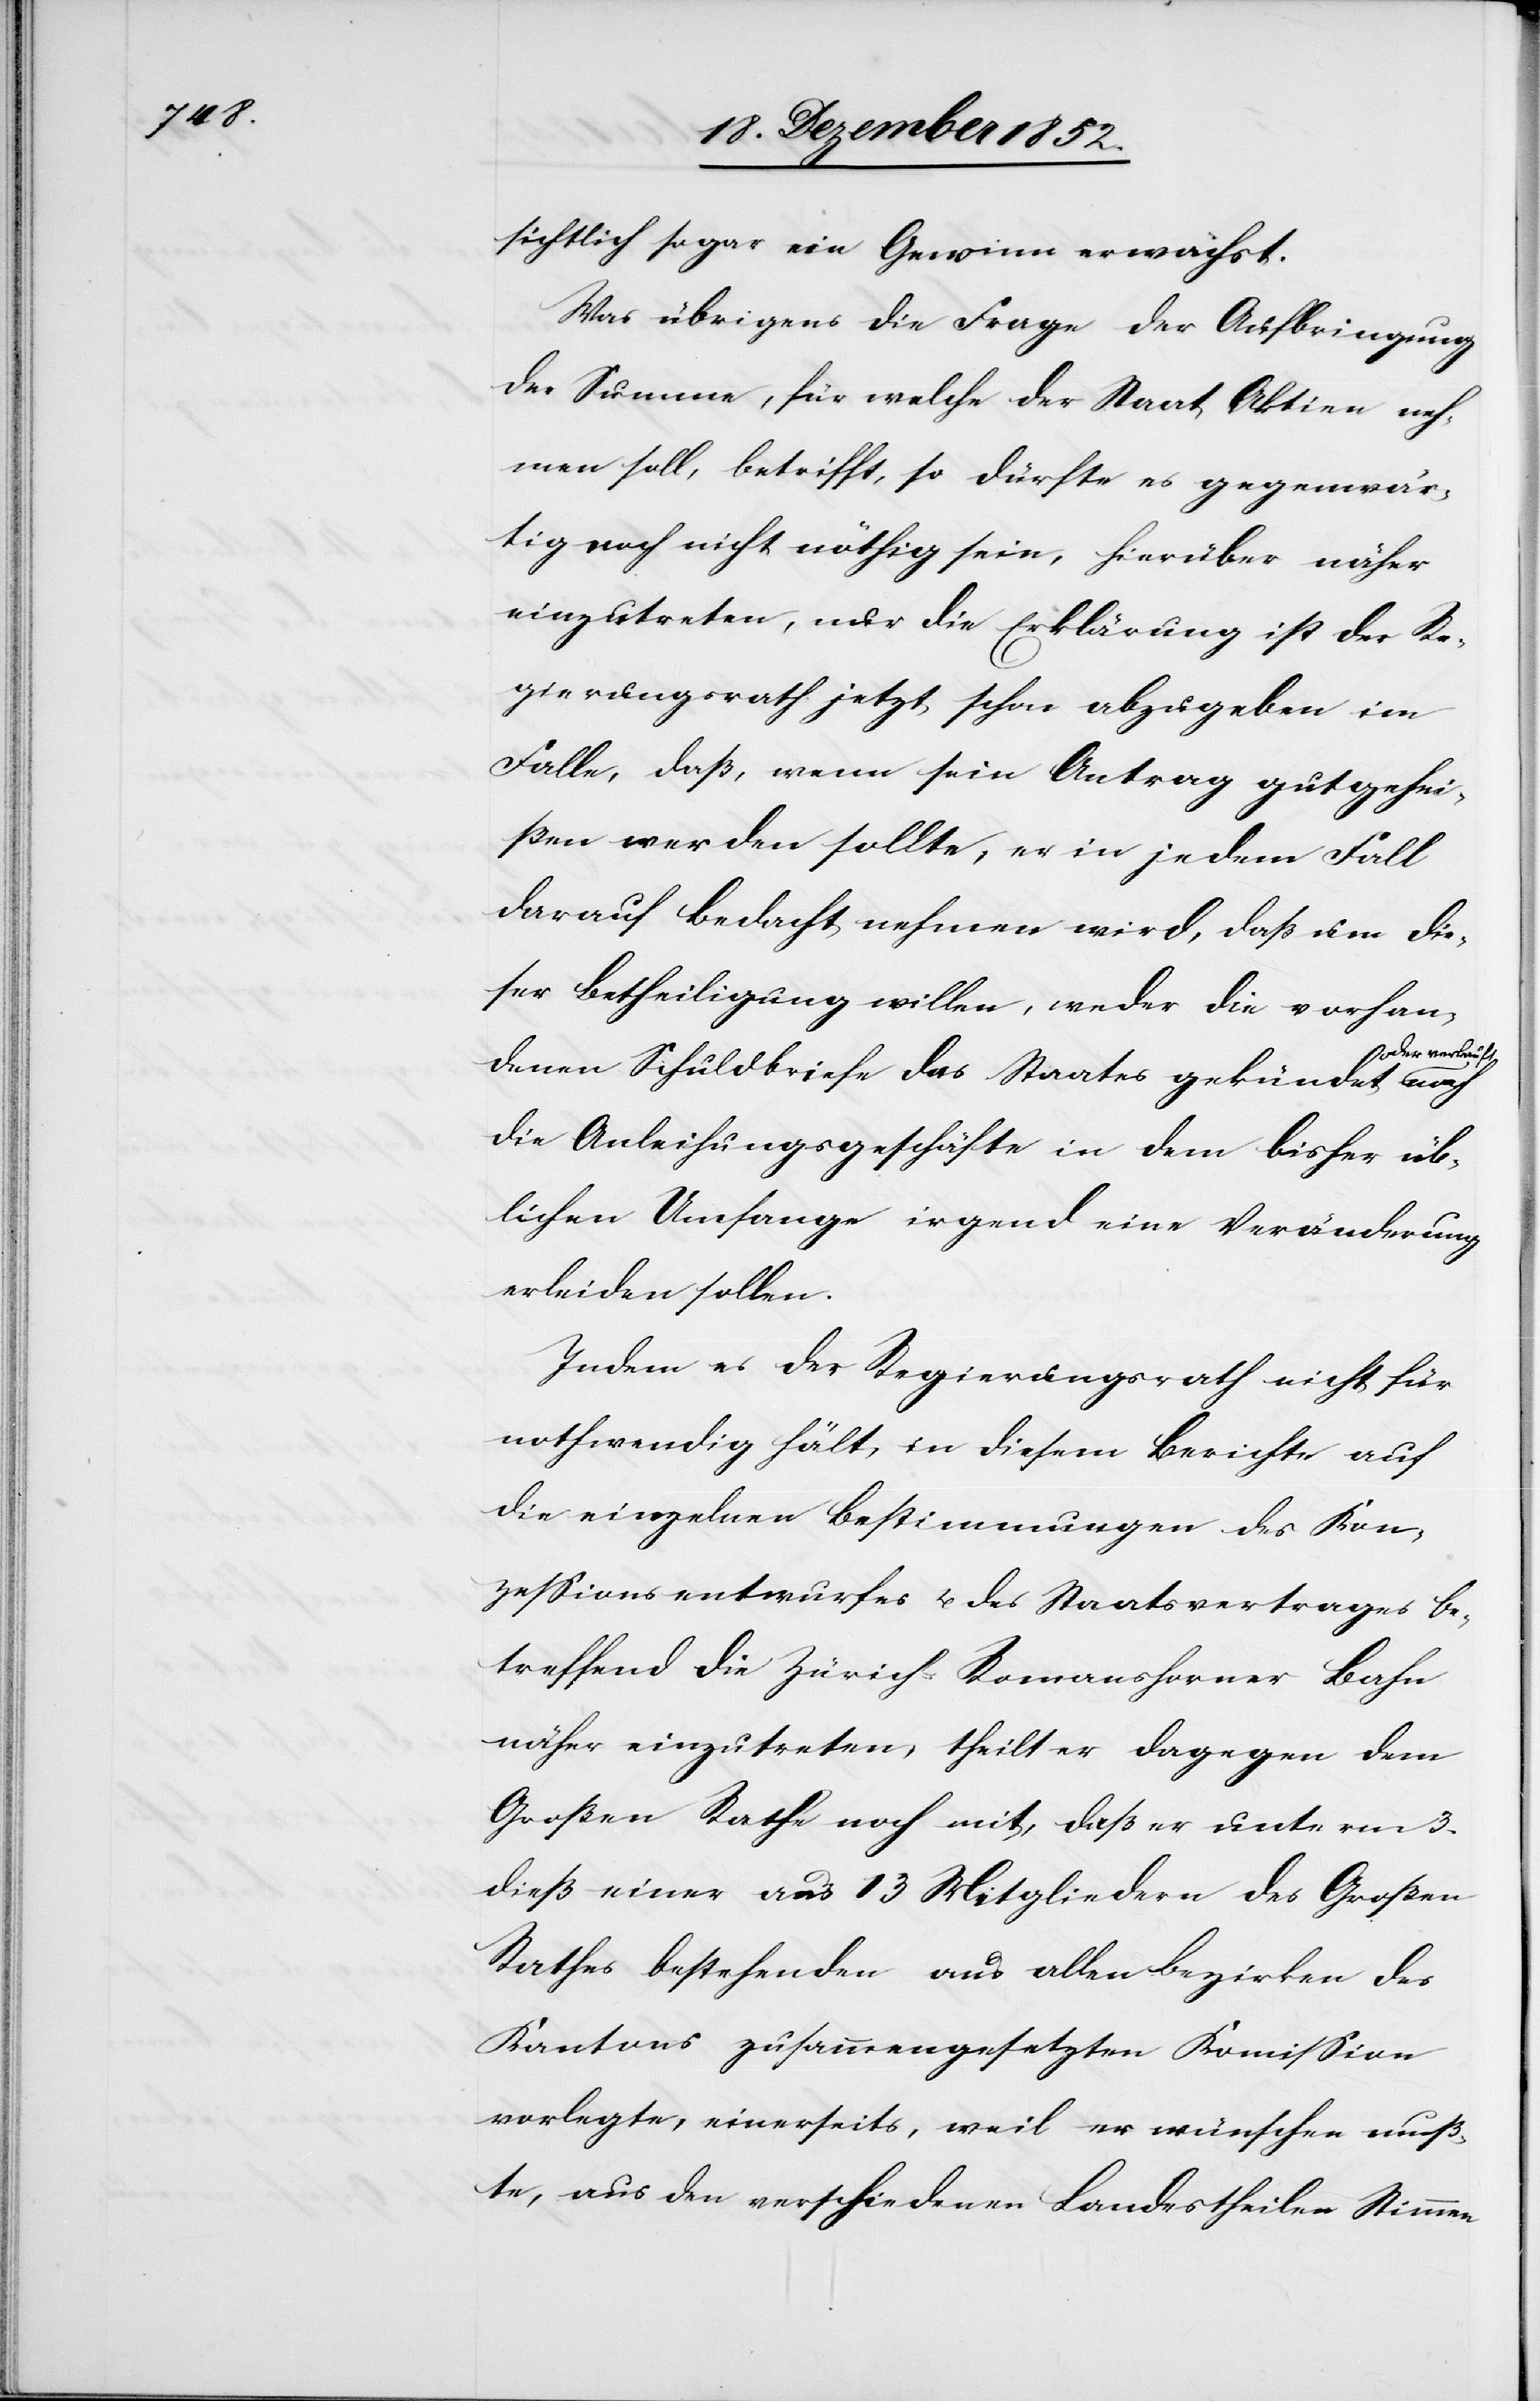
sichtlich sogar ein Gewinn erwächst.
Was übrigens die Frage der Aufbringung
der Summe, für welche der Staat Aktien neh¬
men soll, betrifft, so dürfte es gegenwär¬
tig noch nicht nöthig sein, hierüber näher
einzutreten, nur die Erklärung ist der Re¬
gierungsrath jetzt schon abzugeben im
Falle, daß, wenn sein Antrag gutgehei¬
ßen werden sollte, er in jedem Fall
darauf Bedacht nehmen wird, daß um die¬
ser Betheiligung willen, weder die vorhan¬
der verkauft
denen Schuldbriefe des Staates gekündet o¬
die Anleihungsgeschäfte in dem bisher üb¬
lichen Umfange irgend eine Veränderung
erleiden sollen.
Indem es der Regierungsrath nicht für
nothwendig hält, in diesem Berichte auf
die einzelnen Bestimmungen des Kon¬
zessionsentwurfes u. des Staatsvertrages be¬
treffend die Zürich-Romanshorner Bahn
näher einzutreten, theilt er dagegen dem
Großen Rathe noch mit, daß er [sie] unterm 3.
dieß einer aus 13 Mitgliedern des Großen
Rathes bestehenden aus allen Bezirken des
Kantons zusammengesetzten Kommission
vorlegte, einerseits, weil er wünschen muß¬
te, aus den verschiedenen Landestheilen Stimmen